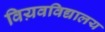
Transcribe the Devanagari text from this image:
विय़वविद्यालय